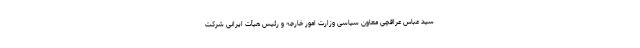
سید عباس عراقچی معاون سیاسی وزارت امور خارجه و رئیس هیأت ایرانی شرکت